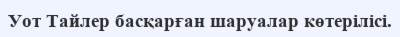
Уот Тайлер басқарған шаруалар көтерілісі.